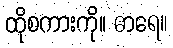
ထိုစကားကို။ ဓာရေ။